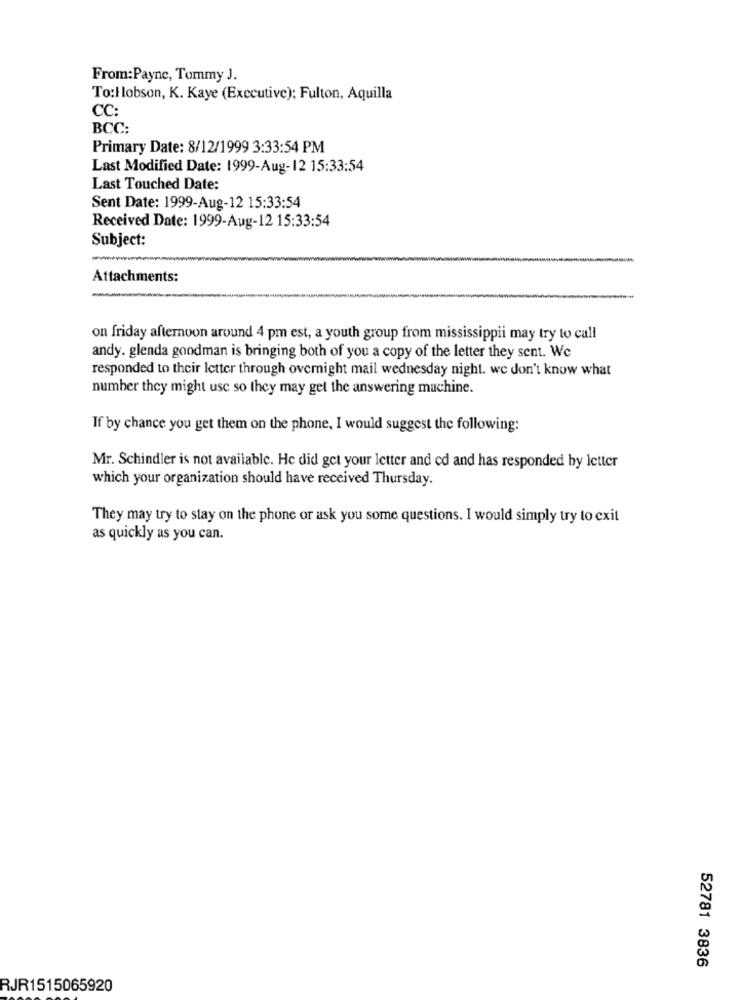
From:Payne, Tommy J.
To:H lobson, K. Kaye (Executive); Fulton, Aquilla
CC:
BCC:
Primary Date: 8/12/1999 3:33:54 PM
Last Modified Date: 1999-Aug-12 15:33:54
Last Touched Date:
Sent Date: 1999-Aug-12 15:33:54
Received Date: 1999-Aug-12 15:33:54
Subject:
Attachments:
on friday afternoon around 4 pm est, a youth group from mississippii may try to call
andy. glenda goodman is bringing both of you a copy of the letter they sent. We
responded to their letter through overnight mail wednesday night. we don't know what
number they might use so they may get the answering machine.
If by chance you get them on the phone, I would suggest the following:
Mr. Schindler is not available. He did get your letter and ed and has responded by letter
which your organization should have received Thursday.
They may try to stay on the phone or ask you some questions. I would simply try to exit
as quickly as you can.
52781 3836
RJR1515065920